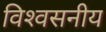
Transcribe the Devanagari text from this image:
विश्‍वसनीय